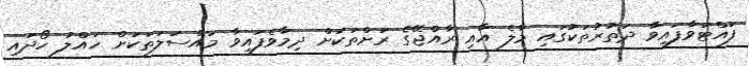
ފައްޓަވާފައިވާ ދަތުރުތަކުގައި މާލެ އާއި ރާއްޖޭގެ ރަށްތަކަށް ދިމާވެފައިވާ މައްސަލަތަކަށް ހައްލު ހޯދައި